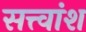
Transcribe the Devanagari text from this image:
सत्त्वांश